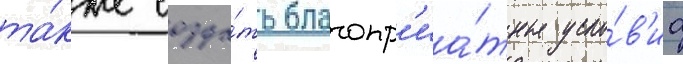
та́кже созда́ть благопр'иа́тные усло́в'иа